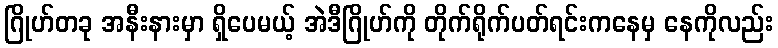
ဂြိုဟ်တခု အနီးနားမှာ ရှိပေမယ့် အဲဒီဂြိုဟ်ကို တိုက်ရိုက်ပတ်ရင်းကနေမှ နေကိုလည်း